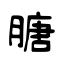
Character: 膅